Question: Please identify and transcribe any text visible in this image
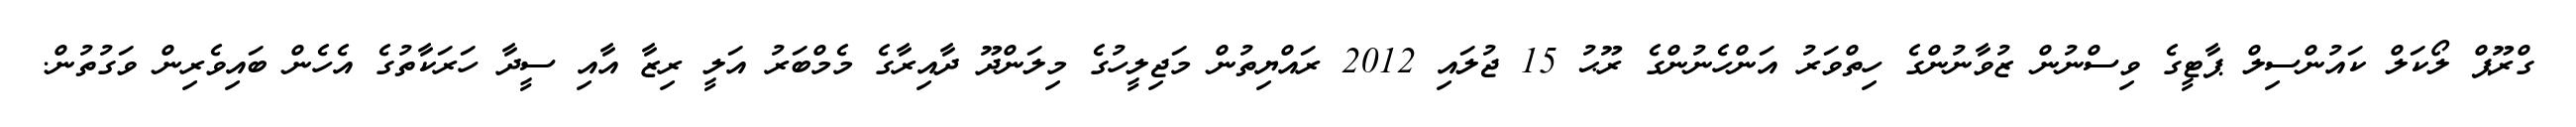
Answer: ގްރޫޕް ލޯކަލް ކައުންސިލް ޕާޓީގެ ވިސްނުން ޒުވާނުންގެ ހިތްވަރު އަންހެނުންގެ ރޫޙު 15 ޖުލައި 2012 ރައްޔިތުން މަޖިލީހުގެ މިލަންދޫ ދާއިރާގެ މެމްބަރު އަލީ ރިޒާ އާއި ސީދާ ހަރަކާތުގެ އެހެން ބައިވެރިން ވަގުތުން.